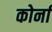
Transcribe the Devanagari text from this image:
कोर्ना